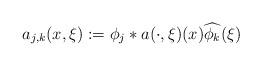
LaTeX: \begin{align*}a_{j,k}(x,\xi):= \phi_j\ast a(\cdot,\xi)(x)\widehat{\phi_k}(\xi) \end{align*}